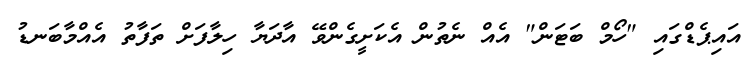
އައިޕެޑްގައި "ހޯމް ބަޓަން" އެއް ނެތުން އެކަށީގެންވޭ އާދަޔާ ހިލާފަށް ތަފާތު އެއްމާބަނޑު